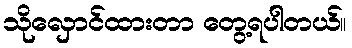
သိုလှောင်ထားတာ တွေ့ရပါတယ်။